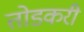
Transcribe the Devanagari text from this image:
तोडकरी